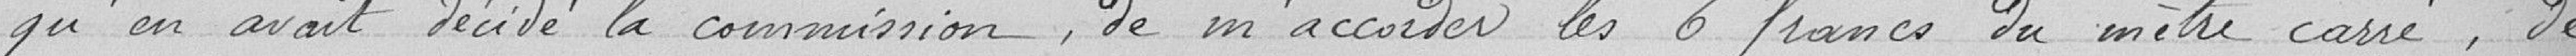
qu'en avait décidé la commission, de m'accorder les 6 francs du mètre carré, de